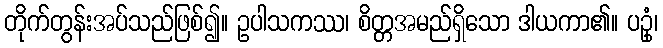
တိုက်တွန်းအပ်သည်ဖြစ်၍။ ဥပါသကဿ၊ စိတ္တအမည်ရှိသော ဒါယကာ၏။ ပဥှံ၊